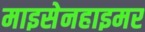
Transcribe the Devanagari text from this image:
माइसेनहाइमर